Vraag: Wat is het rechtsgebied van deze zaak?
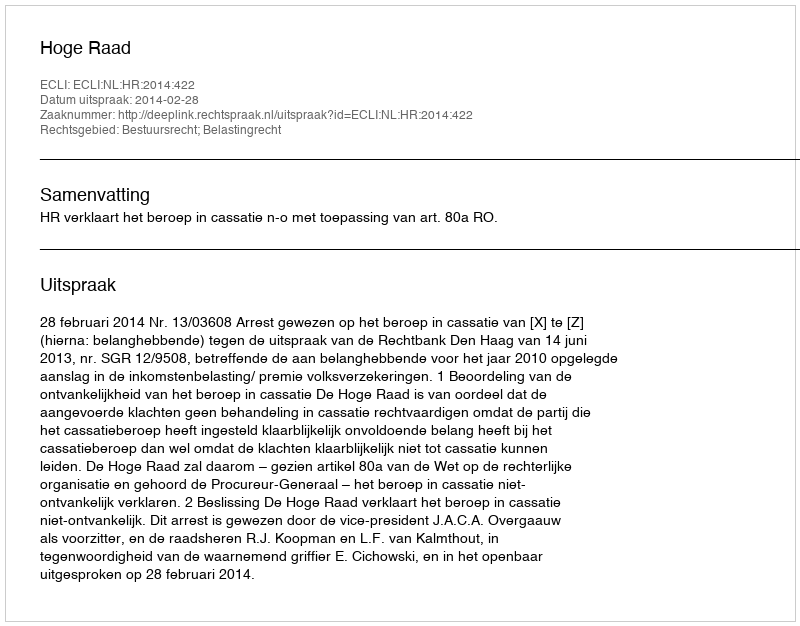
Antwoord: Bestuursrecht; Belastingrecht